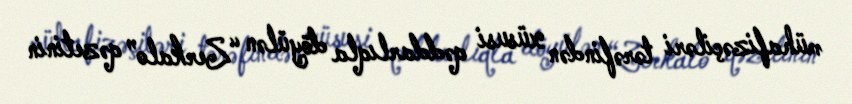
mühafizəçiləri tərəfindən xüsusi qəddarlıqla döyülən “Zerkalo” qəzetinin